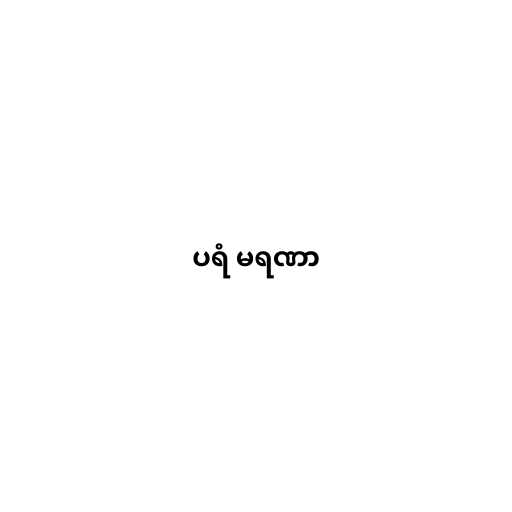
ပရံ မရဏာ